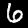
Digit: 6